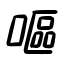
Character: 嘔